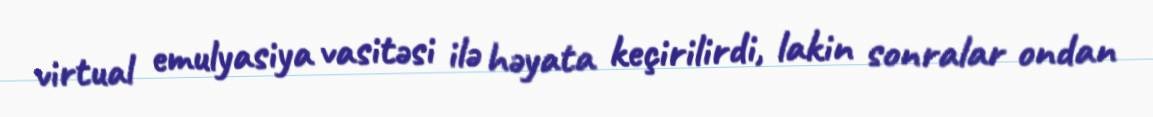
virtual emulyasiya vasitəsi ilə həyata keçirilirdi, lakin sonralar ondan